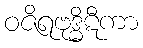
ဝဇိရဗုဒ္ဓိဋီကာ